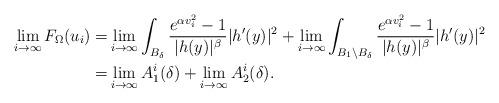
LaTeX: \begin{align*} \lim_{i\to\infty} F_{\Omega}(u_i)=& \lim_{i\to\infty}\int_{B_{\delta}}\frac{e^{\alpha v_i^2}-1}{|h(y)|^{\beta}}|h'(y)|^2 + \lim_{i\to\infty}\int_{B_1\backslash B_{\delta}}\frac{e^{\alpha v_i^2}-1}{|h(y)|^{\beta}}|h'(y)|^2 \smallskip \\ =&\lim_{i\to\infty}A_1^i(\delta)+\lim_{i\to\infty}A_2^i(\delta).\end{align*}